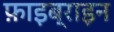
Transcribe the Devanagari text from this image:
फ़ाइब्राइन